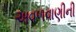
અવળવાણીની